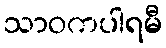
သာဝကပါရမီ